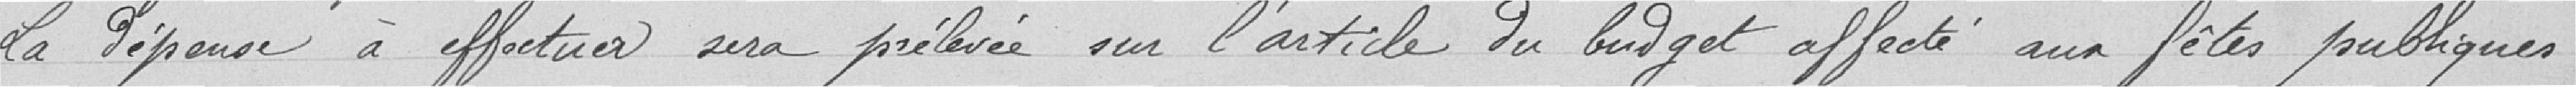
La dépense à effectuer sera prélevée sur l’article du budget affecté aux fêtes publiques.